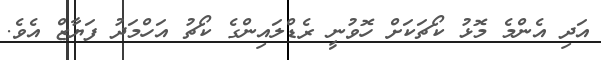
އަދި އެންމެ މޮޅު ކޯޗަކަށް ހޮވުނީ ރެޑްލައިންގެ ކޯޗު އަހްމަދު ފަޔާޒް އެވެ.